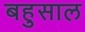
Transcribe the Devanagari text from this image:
बहुसाल